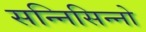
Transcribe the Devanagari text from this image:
सन्निसिन्नो